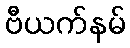
ဗီယက်နမ်